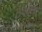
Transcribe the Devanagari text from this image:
ठेवणेच